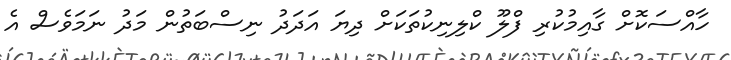
ހާއްސަކޮށް ގާއިމުކުރި ފްލޫ ކްލިނިކުތަކަށް ދިޔަ އަދަދު ނިސްބަތުން މަދު ނަމަވެސް އެ